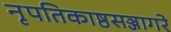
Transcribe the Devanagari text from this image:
नृपतिकाष्ठसञ्जागरे